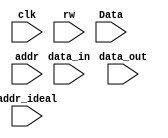
`timescale 1ns/1ps
module Check(clk,rw,data_out,data_in,Data,addr,addr_ideal);
input clk,rw;
input [15:0] addr,addr_ideal,data_out,data_in,Data;

always @(data_out)  //Checking for stored value 
begin
if(data_out[15:12]==4'b0001)
begin

$display("Instruction ADD complete");
end
else if(data_out[15:12]==4'b1001)
begin
#50
$display("Instruction NOT complete");
end
else if(data_out[15:12]==4'b0101)
begin
#50
$display("Instruction AND complete");
end
else if(data_out[15:12]==4'b0011) //Checking for ST instruction
begin

#21
if(addr==addr_ideal) //Checking for address to memory
begin
#10
if(Data==data_in) //Checking data to be saved to memory
$display("Instruction ST correct");
else
$display("Instruction ST incorrect data");
#19;
end
else
$display("Instruction ST incorrect at addr");
end

else if(data_out[15:12]==4'b1011) //Check for STI
begin
#22
if(addr==addr_ideal)
begin
#12
if(addr==addr_ideal)
begin
if(data_in==Data)
$display("Instruction STI correct"); //Correct STI
else
$display("Instruction STI incorrect @ data_in=%d   and Data= %d",data_in,Data); //Incorrect STI
end
else
$display("Instruction STI incorrect @ addr=%d and addr_ideal=%d",addr,addr_ideal);//Incorrect STI
end
else
$display("Instruction STI indirect mem address @ addr=%d and addr_ideal=%d",addr,addr_ideal);//Incorrect STI
#36;
end

else if(data_out[15:12]==4'b0111) //Checking for STR instruction
begin
#22
if(addr==addr_ideal)
begin
#12
if(data_in==Data)
$display("Instruction STR correct"); //Complete STR
else
$display("Instruction STR incorrect @ data_in=%d and Data=%d",data_in,Data); //Incorrect STR
end
else
$display("Instruction STR incorrect at mem address calculation @ addr=%d  and addr_ideal=%d",addr,addr_ideal);
#16;
end


else if(data_out[15:12]==4'b1100) //Checking for Jump or RET instruction
begin
#32
if (data_out[8:6]==3'b111) //Checking for RET instruction
begin
if(addr==addr_ideal)
$display("instruction RET correct"); //Correct RET
else
$display("instruction RET incorrect @ addr=%d  and  addr_ideal=%d",addr,addr_ideal); //Incorrect RET
end
else //Jump instruction confirmed
begin
if(addr==addr_ideal)
$display("instruction JMP correct"); //Correct JMP
else
$display("instruction JMP incorrect @addr=%d  and addr_ideal=%d",addr,addr_ideal); //Incorrect JMP
end
#8;
end
else if(data_out[15:12]==4'b0100) //Checking for JSR or JSSR
begin
#42
if (data_out[11]) //Checking for JSR instruction
begin
if(addr==addr_ideal)
$display("instruction JSR correct"); //Correct JSR
else
$display("instruction JSR incorrect @ addr=%d  and  addr_ideal=%d",addr,addr_ideal); //Incorrect JSR
end
else //JSSR instruction confirmed
begin
if(addr==addr_ideal)
$display("instruction JSSR correct"); //Correct JSSR
else
$display("instruction JSSR incorrect @addr=%d  and addr_ideal=%d",addr,addr_ideal); //Incorrect JSSR
end
#8;
end
else if(data_out[15:12]==4'b0010) //checking for LOAD instruction
begin
#22
if(addr==addr_ideal)
$display("Instruction LD complete"); //Correct LD
else
$display("Instruction LD incorrect @ addr=%d and addr_ideal=%d",addr,addr_ideal); //Incorrect LD
#38;
end
else if(data_out[15:12]==4'b0110)//Checking for LDR instruction
begin
#22
if(addr==addr_ideal)
$display("Instruction LDR complete"); //Complete LDR
else
$display("Instruction LDR incorrect @ addr=%d and addr_ideal=%d",addr,addr_ideal); //Incorrect LDR
#38;
end
else if(data_out[15:12]==4'b1010)
begin
#22
if(addr==addr_ideal)
begin
#12
if(addr==addr_ideal)
$display("Instruction LDI complete");
else
$display("Instruction LDI incorrect @ addr=%d and addr_ideal=%d",addr,addr_ideal);
end
else
$display("Instruction LDI indirect mem address @ addr=%d and addr_ideal=%d",addr,addr_ideal);
#36;
end

else if(data_out[15:12]==4'b1110) //Checking for LEA instruction
begin
$display("Instruction LEA correct"); //LEA Complete
#50;
end
else if(data_out[15:12]==4'b0000)
begin
#40
$display("Instruction BR complete");
end

else
$display("invalid instruction");
end
endmodule